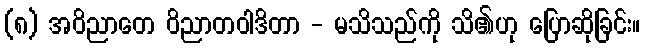
(၈) အဝိညာတေ ဝိညာတဝါဒိတာ - မသိသည်ကို သိ၏ဟု ပြောဆိုခြင်း။